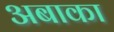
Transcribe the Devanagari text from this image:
अबाका